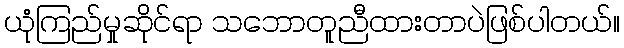
ယုံကြည်မှုဆိုင်ရာ သဘောတူညီထားတာပဲဖြစ်ပါတယ်။